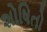
શોષિતો